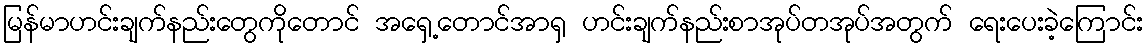
မြန်မာဟင်းချက်နည်းတွေကိုတောင် အရှေ့တောင်အာရှ ဟင်းချက်နည်းစာအုပ်တအုပ်အတွက် ရေးပေးခဲ့ကြောင်း